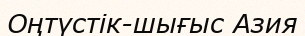
Оңтүстік-шығыс Азия